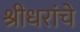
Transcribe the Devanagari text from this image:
श्रीधरांचे